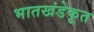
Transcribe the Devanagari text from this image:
भातखंडेकृत